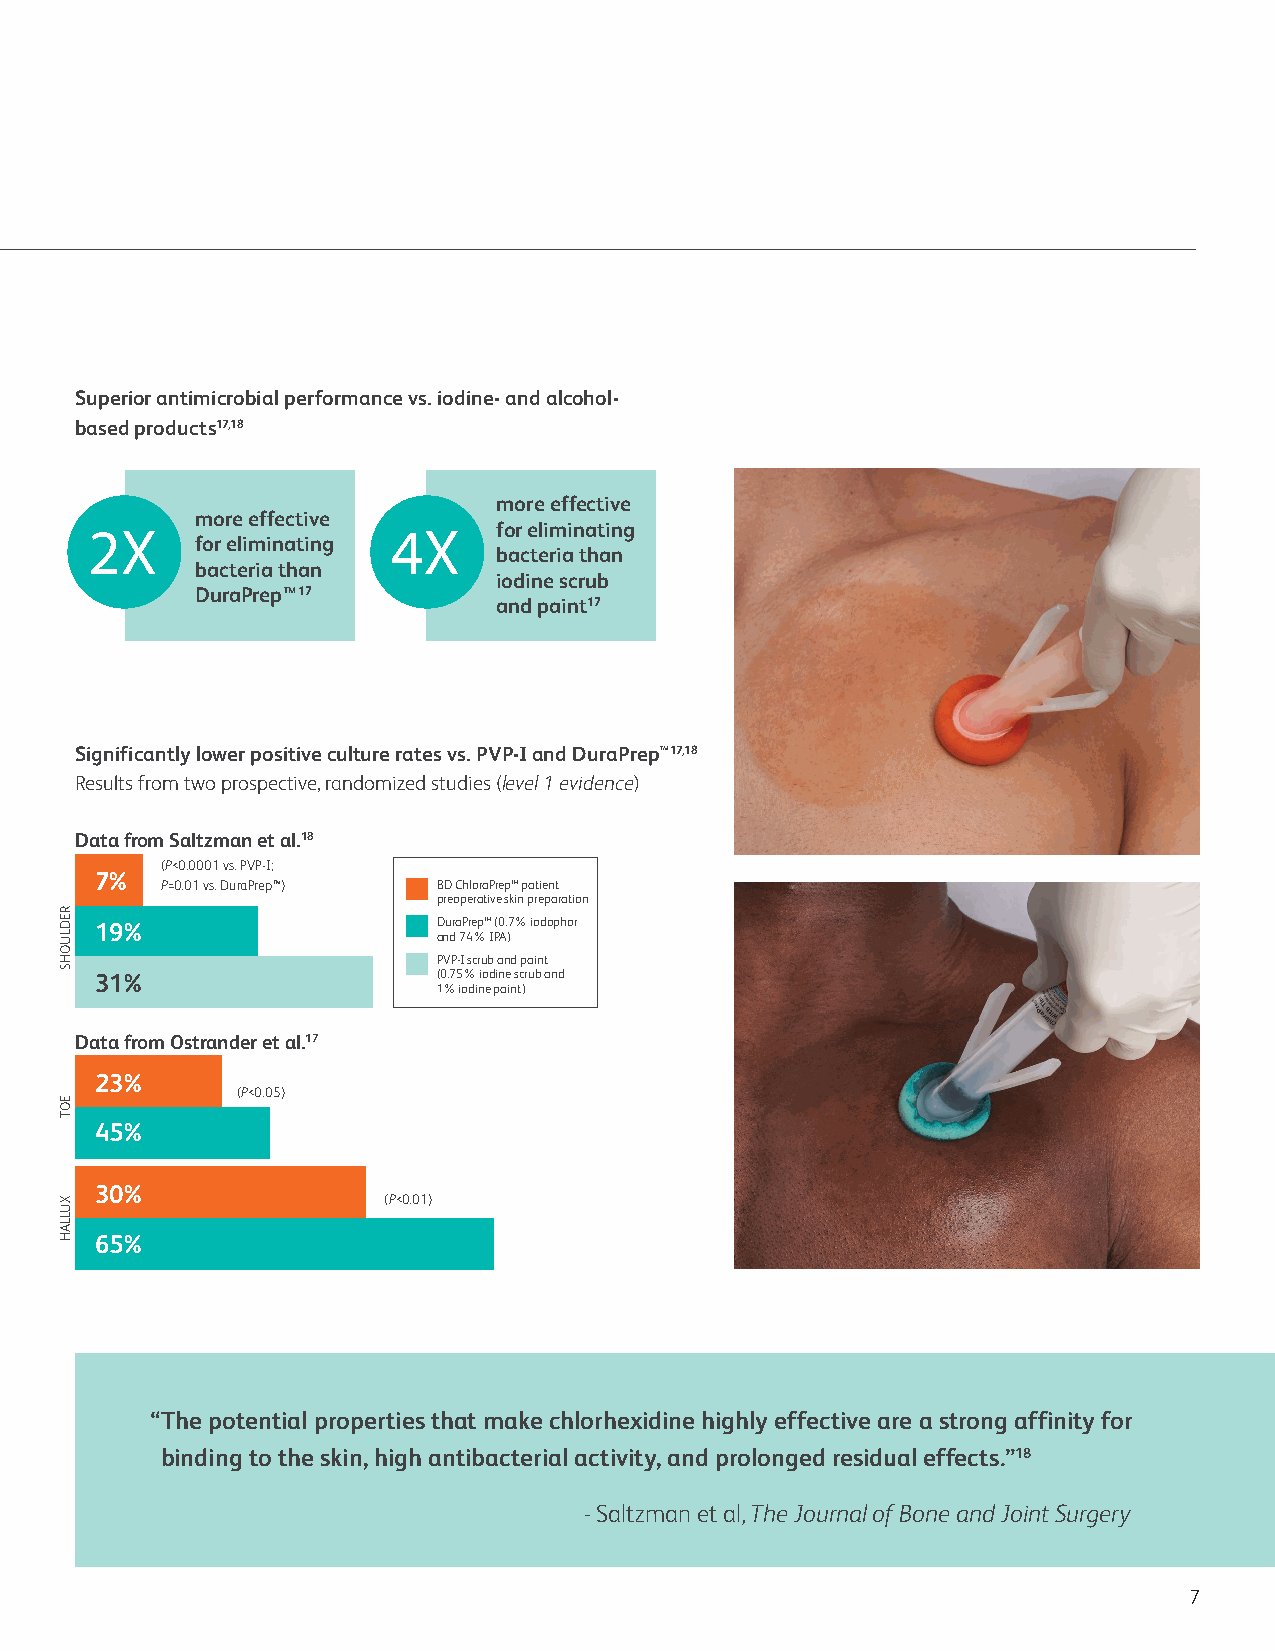
Superior antimicrobial performance vs. iodine- and alcohol-
 based products17,18
 more effective
 more effective
 2X                  4X     for eliminating
 for eliminating
 bacteria than
 bacteria than
 iodine scrub
 DuraPrep™17
 and paint17
 Significantly lower positive culture rates vs. PVP-I and DuraPrep™17,18
 Results from two prospective, randomized studies (level 1 evidence)
 Data from Saltzman et al.18
 (P<0.0001 vs. PVP-I;
 7%
 P=0.01 vs. DuraPrep™) BD ChloraPrep™ patient
 preoperative skin preparation
 19%                    DuraPrep™ (0.7% iodophor
 and 74% IPA)
 PVP-I scrub and paint
 31%                    (0.75% iodine scrub and
 1% iodine paint)
 Data from Ostrander et al.17
 23%
 (P<0.05)
 45%
 30%
 (P<0.01)
 65%
 “ The potential properties that make chlorhexidine highly effective are a strong affinity for
 binding to the skin, high antibacterial activity, and prolonged residual effects.”18
 - Saltzman et al, The Journal of Bone and Joint Surgery
 7
 REDLUOHS
 EOT
 XULLAH